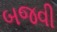
બજવી